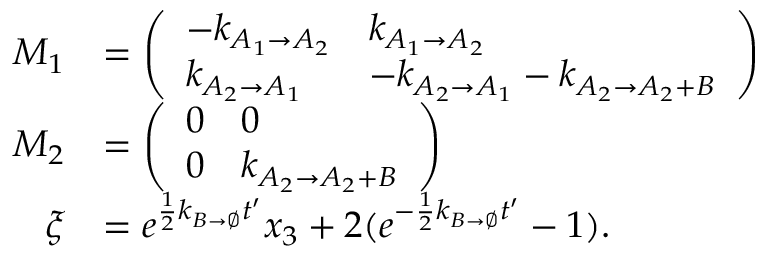
\begin{array} { r l } { M _ { 1 } } & { = \left( \begin{array} { l l } { - k _ { A _ { 1 } \to A _ { 2 } } } & { k _ { A _ { 1 } \to A _ { 2 } } } \\ { k _ { A _ { 2 } \to A _ { 1 } } } & { - k _ { A _ { 2 } \to A _ { 1 } } - k _ { A _ { 2 } \to A _ { 2 } + B } } \end{array} \right) } \\ { M _ { 2 } } & { = \left( \begin{array} { l l } { 0 } & { 0 } \\ { 0 } & { k _ { A _ { 2 } \to A _ { 2 } + B } } \end{array} \right) } \\ { \xi } & { = e ^ { \frac { 1 } { 2 } k _ { B \to \emptyset } t ^ { \prime } } x _ { 3 } + 2 ( e ^ { - \frac { 1 } { 2 } k _ { B \to \emptyset } t ^ { \prime } } - 1 ) . } \end{array}